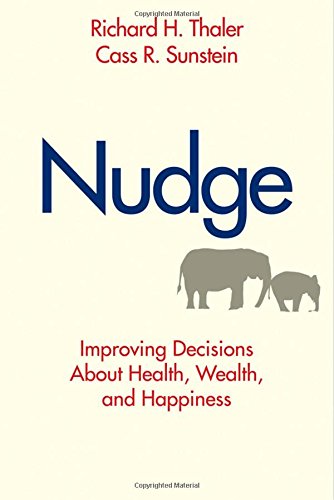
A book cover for Nudge: Improving Decisions About Health, Wealth, and Happiness; Richard H. Thaler; Medical Books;